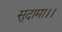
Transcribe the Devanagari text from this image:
सुदामा।।